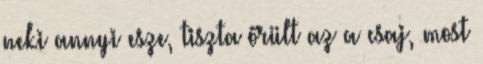
neki annyi esze, tiszta őrült az a csaj, most